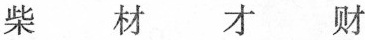
柴 材 才 财